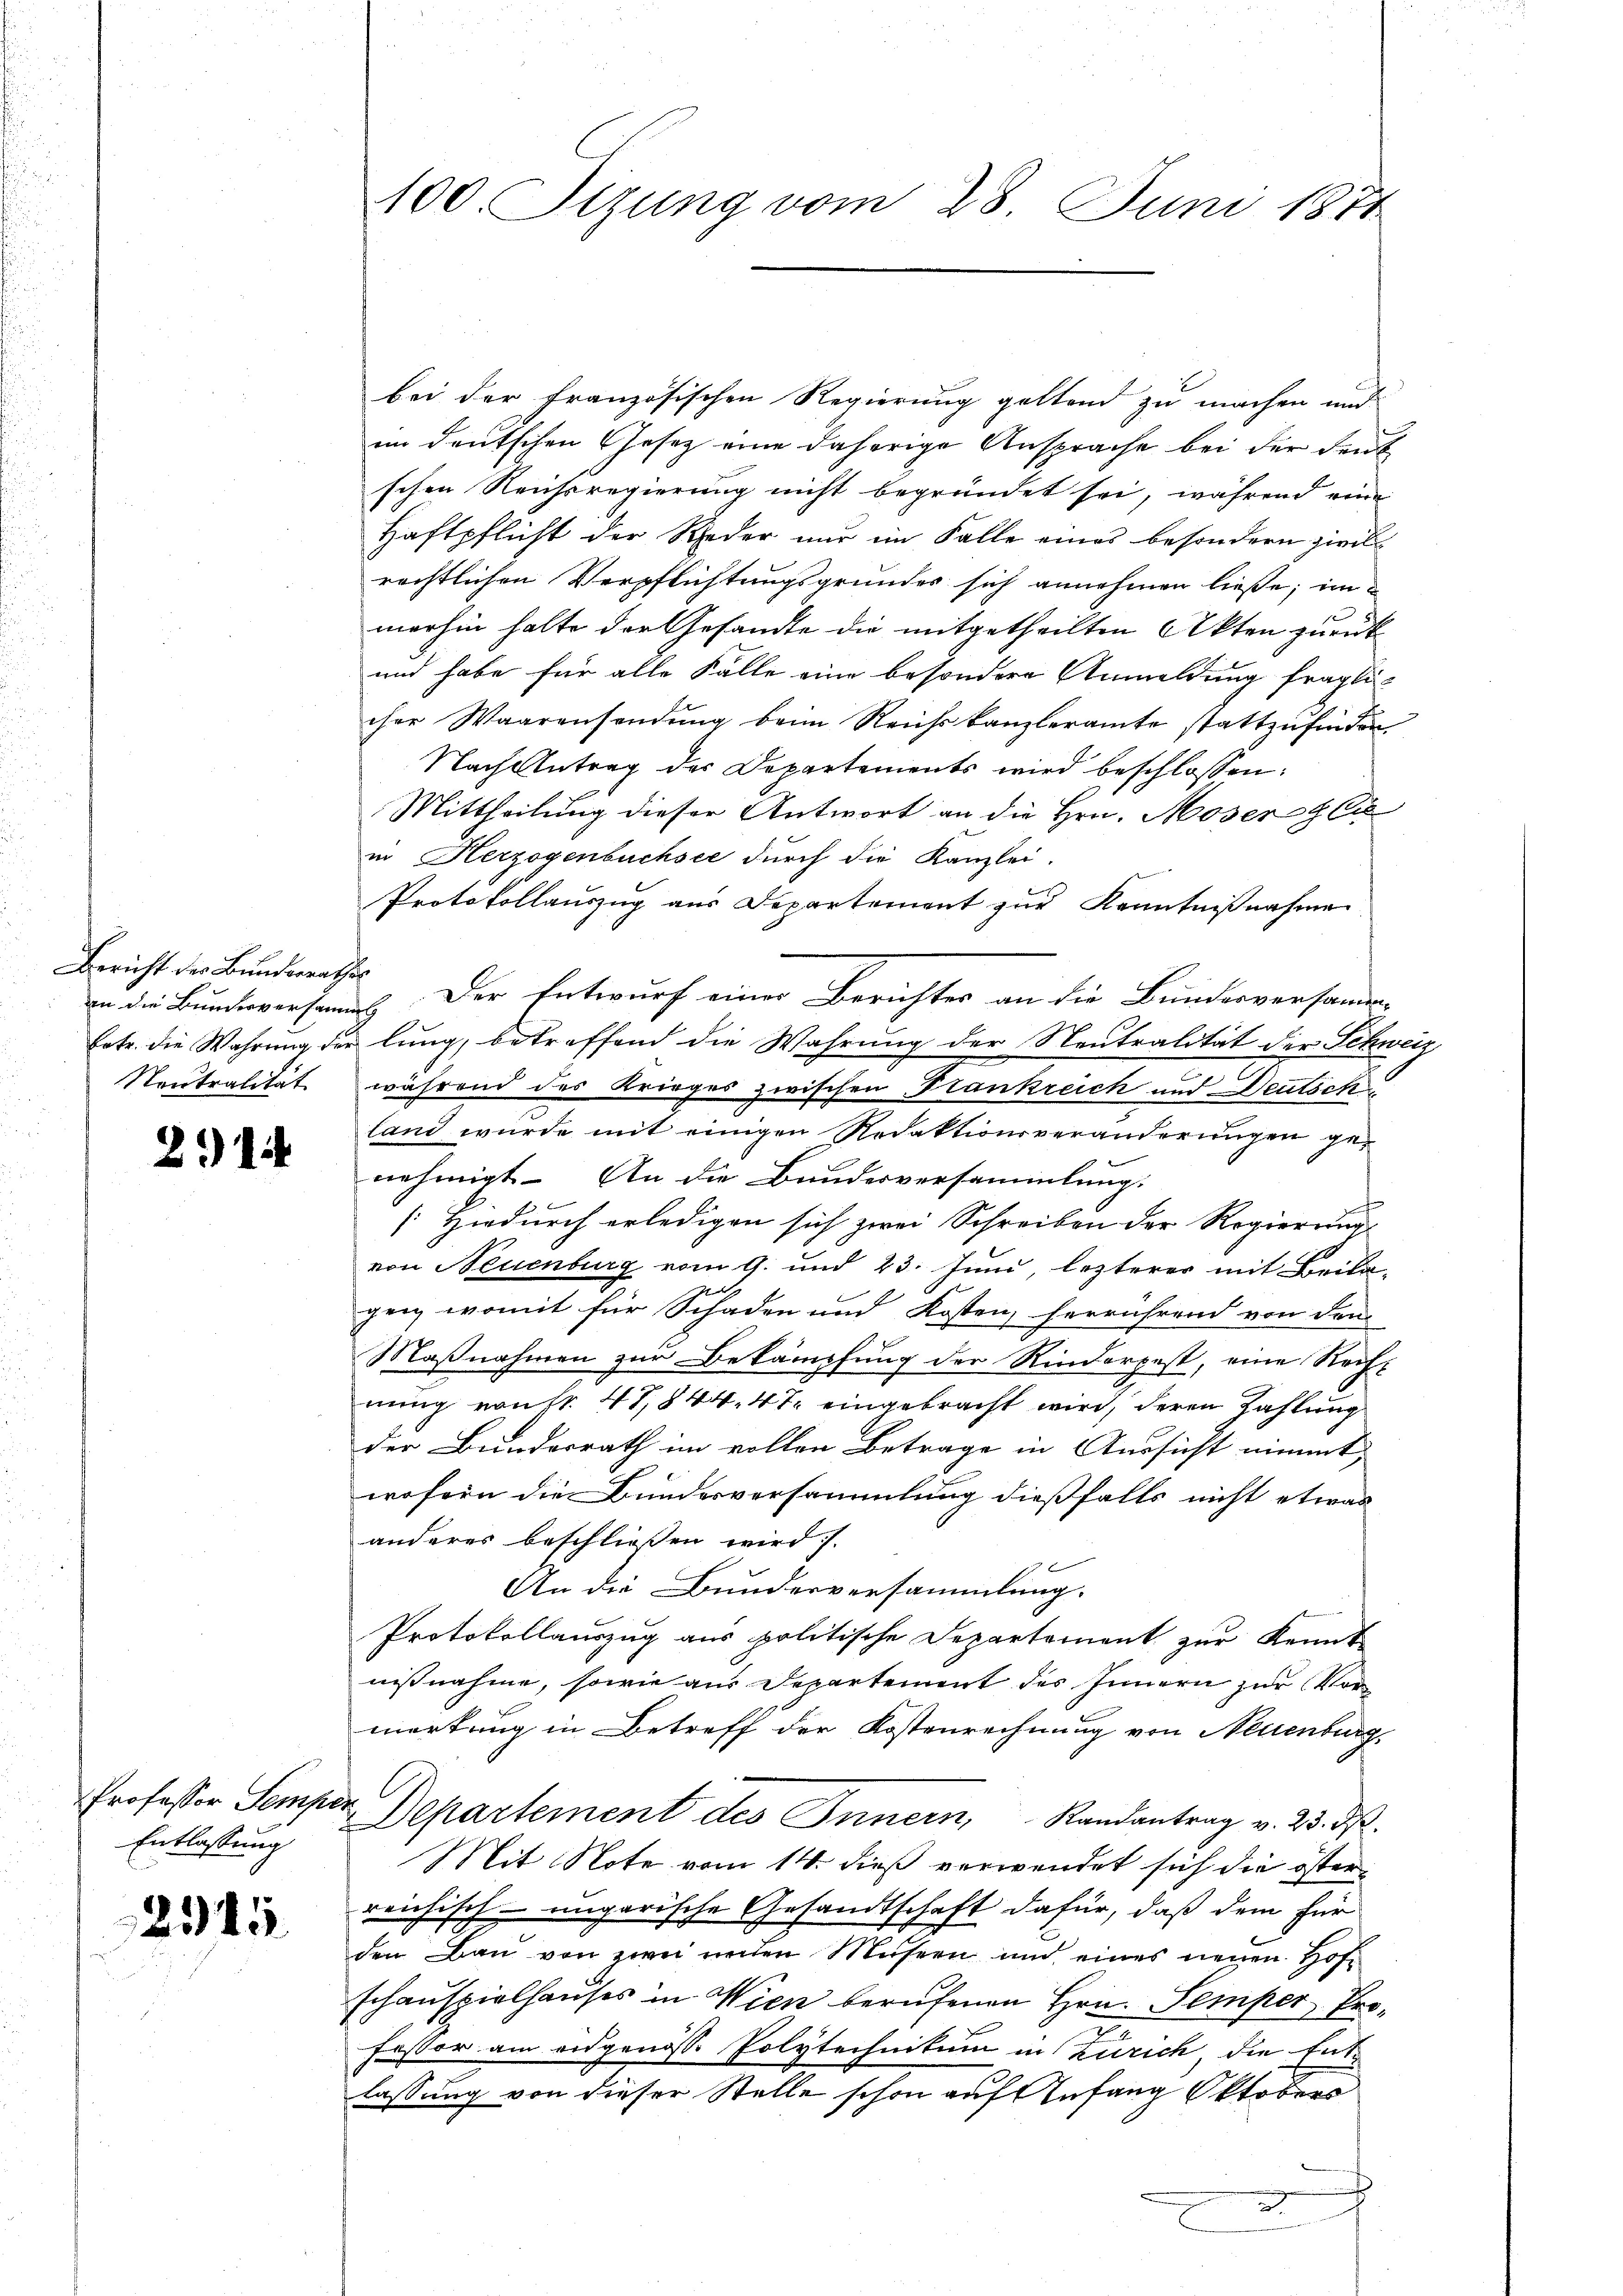
Bericht der Bunderrathes
Neutralität

21

Professor Sempe
Entlassung

2345

100. Stzung vom 28. Juni 1871

bei der französischen Regierung geltend zu machen und
im deutschen Gesetz eine daherige Ansprache bei der deut
schen Reichsregierung nicht begründet sei, während eine
Haftpflicht der Rieder nur im Falle eines besondern zivil
rechtlichen Verpflichtungsgrundes sich annehmen ließe; im
merhin halte der Gesandte die mitgetheilten Akten zurück
und habe für alle Fälle eine besondere Anmeldung fraglicher Waarensendŭng beim Reichskanzleramte stattzufinden
Nach Antrag des Departements wird beschlossen:
Mittheilung dieser Antwort an die Hrn. Moser Ci
in Herzogenbüchsee durch die Kanzlei-
Protokollauszug aus Departement zur Kenntnißnahme
an die Bundesversame Der Entwurf einer Berichtes an die Bundesversammen-
Ertr. die Wahrung der lung, betreffend die Wahrung der Neutralität der Schweiz
während des Krieges zwischen Frankreich und Deutsch
land wurde mit einigen Redaktionsveränderungen genehmigt. An die Bundesversammlung.
[Hiedurch erledigen sich zwei Schreiben der Regierung
von Neuenburg vom 9. und 23. Juni, lezteres mit Beila-
gen, womit für Schaden und Kosten herrührend von den
Maßnahmen zur Bekämpfung der Rinderpest, eine Recht
nung von Nr. 47,844. 47 eingebracht wird, deren Zahlung
der Bundesrath im vollen Betrage in Aussicht nimmt,
wofern die Bundesversammlung dießfalls nicht etwas
anderes beschliessen wird.
An die Bundesversammlung.
Protokollauszug aus politische Departement zur Kennt-
nißnahme, sowie aus Departement des Innern zur Vormerkung in Betreff der Kostenrechnung von Neuenburg,
2
u. Departement des Innern, Randantrag v. 23. ds.
Mit Note vom 14. dieß verwendet sich die österreichisch-ungarische Gesandtschaft dafür, daß dem für
den Bau von zwei unden Musern und eines neuen Hofschauspielhauses in Wien berufenen Hrn. Semper, Professor am eidgenöss. Polytechnikum in Zürich, die Ent-
lassung von dieser Stelle schon auf Anfang Oktobe
2